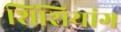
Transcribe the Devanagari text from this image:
शिंशियांग